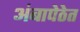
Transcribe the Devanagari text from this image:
अंबापेठेत